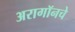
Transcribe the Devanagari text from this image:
अरागॉनचे